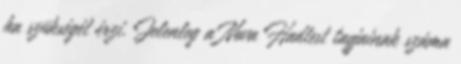
ha szükségét érzi. Jelenleg a Nova Hadtest tagjainak száma